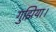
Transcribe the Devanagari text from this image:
गुझिया।